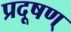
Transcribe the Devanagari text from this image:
प्रदूषण्